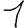
Digit: 1